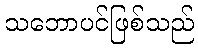
သဘောပင်ဖြစ်သည်